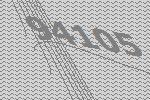
94105